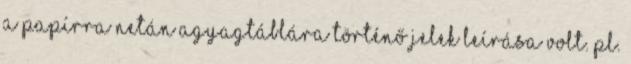
a papírra netán agyagtáblára történő jelek leírása volt. Pl.